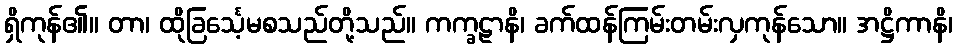
ရှိကုန်၏။ တာ၊ ထိုခြင်္သေ့မစသည်တို့သည်။ ကက္ခဠာနိ၊ ခက်ထန်ကြမ်းတမ်းလှကုန်သော။ အဋ္ဌိကာနိ၊